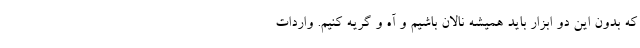
که بدون این دو ابزار باید همیشه نالان باشیم و آه و گریه کنیم. واردات